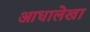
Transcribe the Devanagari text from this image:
आधालेखा